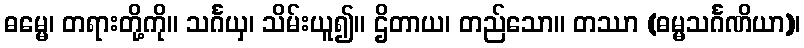
ဓမ္မေ၊ တရားတို့ကို။ သင်္ဂယှ၊ သိမ်းယူ၍။ ဌိတာယ၊ တည်သော။ တဿာ (ဓမ္မသင်္ဂဏိယာ)၊